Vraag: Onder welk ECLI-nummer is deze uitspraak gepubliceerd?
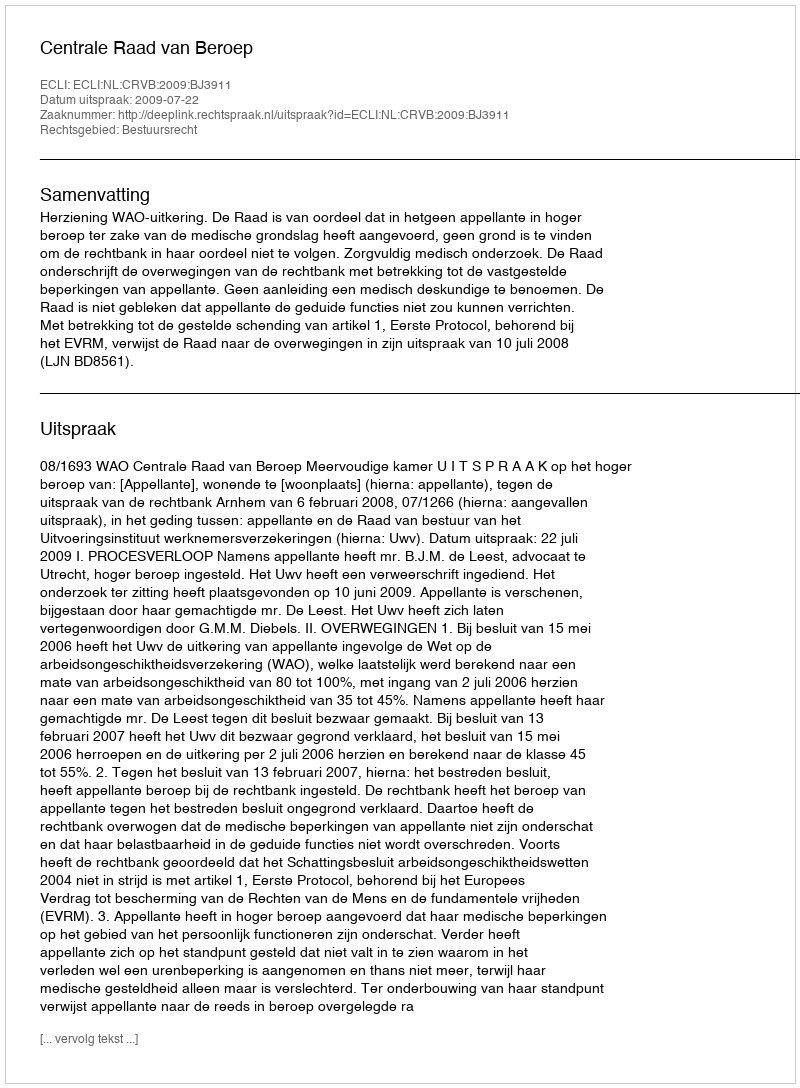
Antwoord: ECLI:NL:CRVB:2009:BJ3911